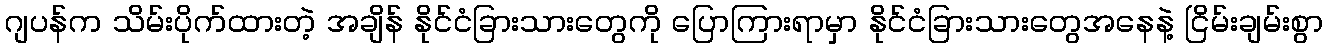
ဂျပန်က သိမ်းပိုက်ထားတဲ့ အချိန် နိုင်ငံခြားသားတွေကို ပြောကြားရာမှာ နိုင်ငံခြားသားတွေအနေနဲ့ ငြိမ်းချမ်းစွာ